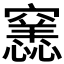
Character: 𥨭